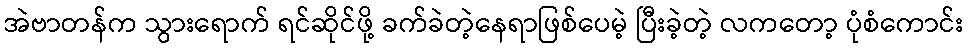
အဲဗာတန်က သွားရောက် ရင်ဆိုင်ဖို့ ခက်ခဲတဲ့နေရာဖြစ်ပေမဲ့ ပြီးခဲ့တဲ့ လကတော့ ပုံစံကောင်း